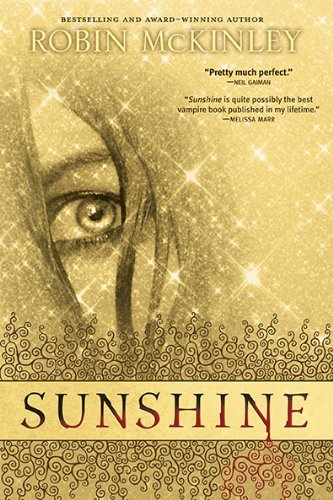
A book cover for Sunshine; Robin Mckinley; Teen & Young Adult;